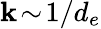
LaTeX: \mathbf{k}\! \sim\! 1/d_{e}